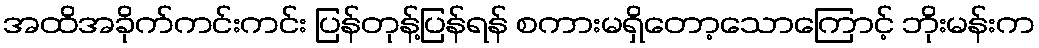
အထိအခိုက်ကင်းကင်း ပြန်တုန့်ပြန်ရန် စကားမရှိတော့သောကြောင့် ဘိုးမန်းက